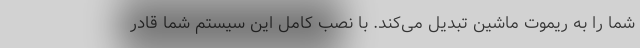
شما را به ریموت ماشین تبدیل می‌کند. با نصب کامل این سیستم شما قادر